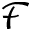
\mathcal { F }